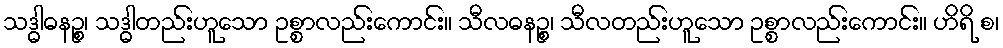
သဒ္ဓါဓနဉ္စ၊ သဒ္ဓါတည်းဟူသော ဥစ္စာလည်းကောင်း။ သီလဓနဉ္စ၊ သီလတည်းဟူသော ဥစ္စာလည်းကောင်း။ ဟိရိ စ၊